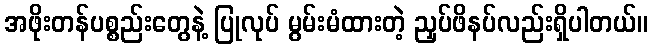
အဖိုးတန်ပစ္စည်းတွေနဲ့ ပြုလုပ် မွမ်းမံထားတဲ့ ညှပ်ဖိနပ်လည်းရှိပါတယ်။